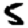
Digit: 5